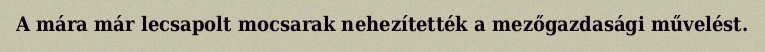
A mára már lecsapolt mocsarak nehezítették a mezőgazdasági művelést.